Report of the Indian Hemp Drugs Commission, 1894-1895 - Volume VIII
Year: 1894
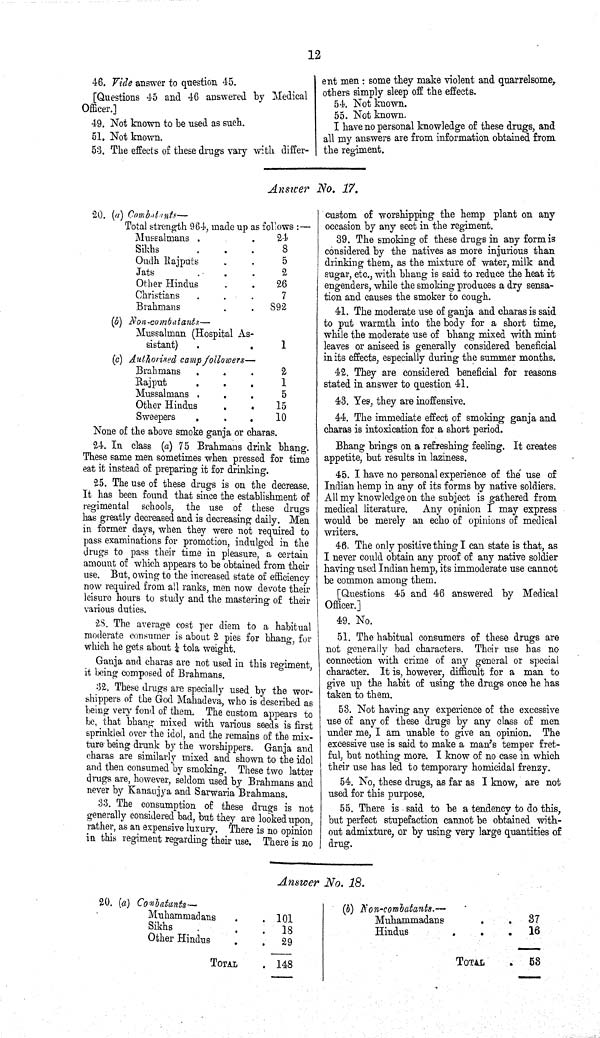
12
46. Vide answer to question 45.
[Questions 45 and 46 answered by Medical
Officer.]
49. Not known to be used as such.
51. Not known.
53. The effects of these drugs vary with differ-
Answer No. 17.
None of the above smoke ganja or charas.
24. In class (a) 75 Brahmans drink bhang.
These same men sometimes when pressed for time
eat it instead of preparing it for drinking.
25. The use of these drugs is on the decrease.
It has been found that since the establishment of
regimental schools, the use of these drugs
has greatly decreased and is decreasing daily. Men
in former days, when they were not required to
pass examinations for promotion, indulged in the
drugs to pass their time in pleasure, a certain
amount of which appears to be obtained from their
use. But, owing to the increased state of efficiency
now required from all ranks, men now devote their
leisure hours to study and the mastering of their
various duties.
28. The average cost per diem to a habitual
moderate consumer is about 2 pies for bhang, for
which he gets about 1/4 tola weight.
Ganja and charas are not used in this regiment,
it being composed of Brahmans.
32. These drugs are specially used by the wor-
shippers of the God Mahadeva, who is described as
being very fond of them. The custom appears to
be, that bhang mixed with various seeds is first
sprinkled over the idol, and the remains of the mix-
ture being drunk by the worshippers. Ganja and
charas are similarly mixed and shown to the idol
and then consumed by smoking. These two latter
drugs are, however, seldom used by Brahmans and
never by Kanaujya and Sarwaria Brahmans.
33. The consumption of these drugs is not
generally considered bad, but they are looked upon,
rather, as an expensive luxury. There is no opinion
in this regiment regarding their use. There is no
20. (a) Combatants—
Muhammad ans
101
Sikhs
18
Other Hindus
29
TOTAL
148
Answer No. 18.
ent men: some they make violent and quarrelsome,
others simply sleep off the effects.
54. Not known.
55. Not known.
I have no personal knowledge of these drugs, and
all my answers are from information obtained from
the regiment.
custom of worshipping the hemp plant on any
occasion by any sect in the regiment.
39. The smoking of these drugs in any form is
considered by the natives as more injurious than
drinking them, as the mixture of water, milk and
sugar, etc., with bhang is said to reduce the heat it
engenders, while the smoking produces a dry sensa-
tion and causes the smoker to cough.
41. The moderate use of ganja and charas is said
to put warmth into the body for a short time,
while the moderate use of bhang mixed with mint
leaves or aniseed is generally considered beneficial
in its effects, especially during the summer months.
42. They are considered beneficial for reasons
stated in answer to question 41.
43. Yes, they are inoffensive.
44. The immediate effect of smoking ganja and
charas is intoxication for a short period.
Bhang brings on a refreshing feeling. It creates
appetite, but results in laziness.
45. I have no personal experience of the use of
Indian hemp in any of its forms by native soldiers.
All my knowledge on the subject is gathered from
medical literature. Any opinion I may express
would be merely an echo of opinions of medical
writers.
46. The only positive thing I can state is that, as
I never could obtain any proof of any native soldier
having used Indian hemp, its immoderate use cannot
be common among them.
[Questions 45 and 46 answered by Medical
Officer.]
49. No.
51. The habitual consumers of these drugs are
not generally bad characters. Their use has no
connection with crime of any general or special
character. It is, however, difficult for a man to
give up the habit of using the drugs once he has
taken to them.
53. Not having any experience of the excessive
use of any of these drugs by any class of men
under me, I am unable to give an opinion. The
excessive use is said to make a man's temper fret-
ful, but nothing more. I know of no case in which
their use has led to temporary homicidal frenzy.
54. No, these drugs, as far as I know, are not
used for this purpose.
55. There is said to be a tendency to do this,
but perfect stupefaction cannot be obtained with-
out admixture, or by using very large quantities of
drug.
(b) Non-combatants.—
Muhammadans
37
Hindus
16
TOTAL
53
20. (a) Combatants—
Total strength 964, made up as follows:—
Mussalmans
24
Sikhs
8
Oudh Rajputs
5
Jats
2
Other Hindus
26
Christians
7
Brahmans
892
(b) Non-combatants—
Mussalman (Hospital As-
sistant)
1
(c) Authorised camp followers—
Brahmans
2
Rajput
1
Mussalmans
5
Other Hindus
15
Sweepers
10